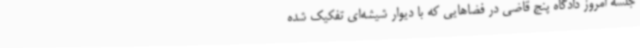
جلسه امروز دادگاه پنج قاضی در فضاهایی که با دیوار شیشه‌ای تفکیک شده